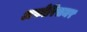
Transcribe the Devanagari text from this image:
अफोरिसमर